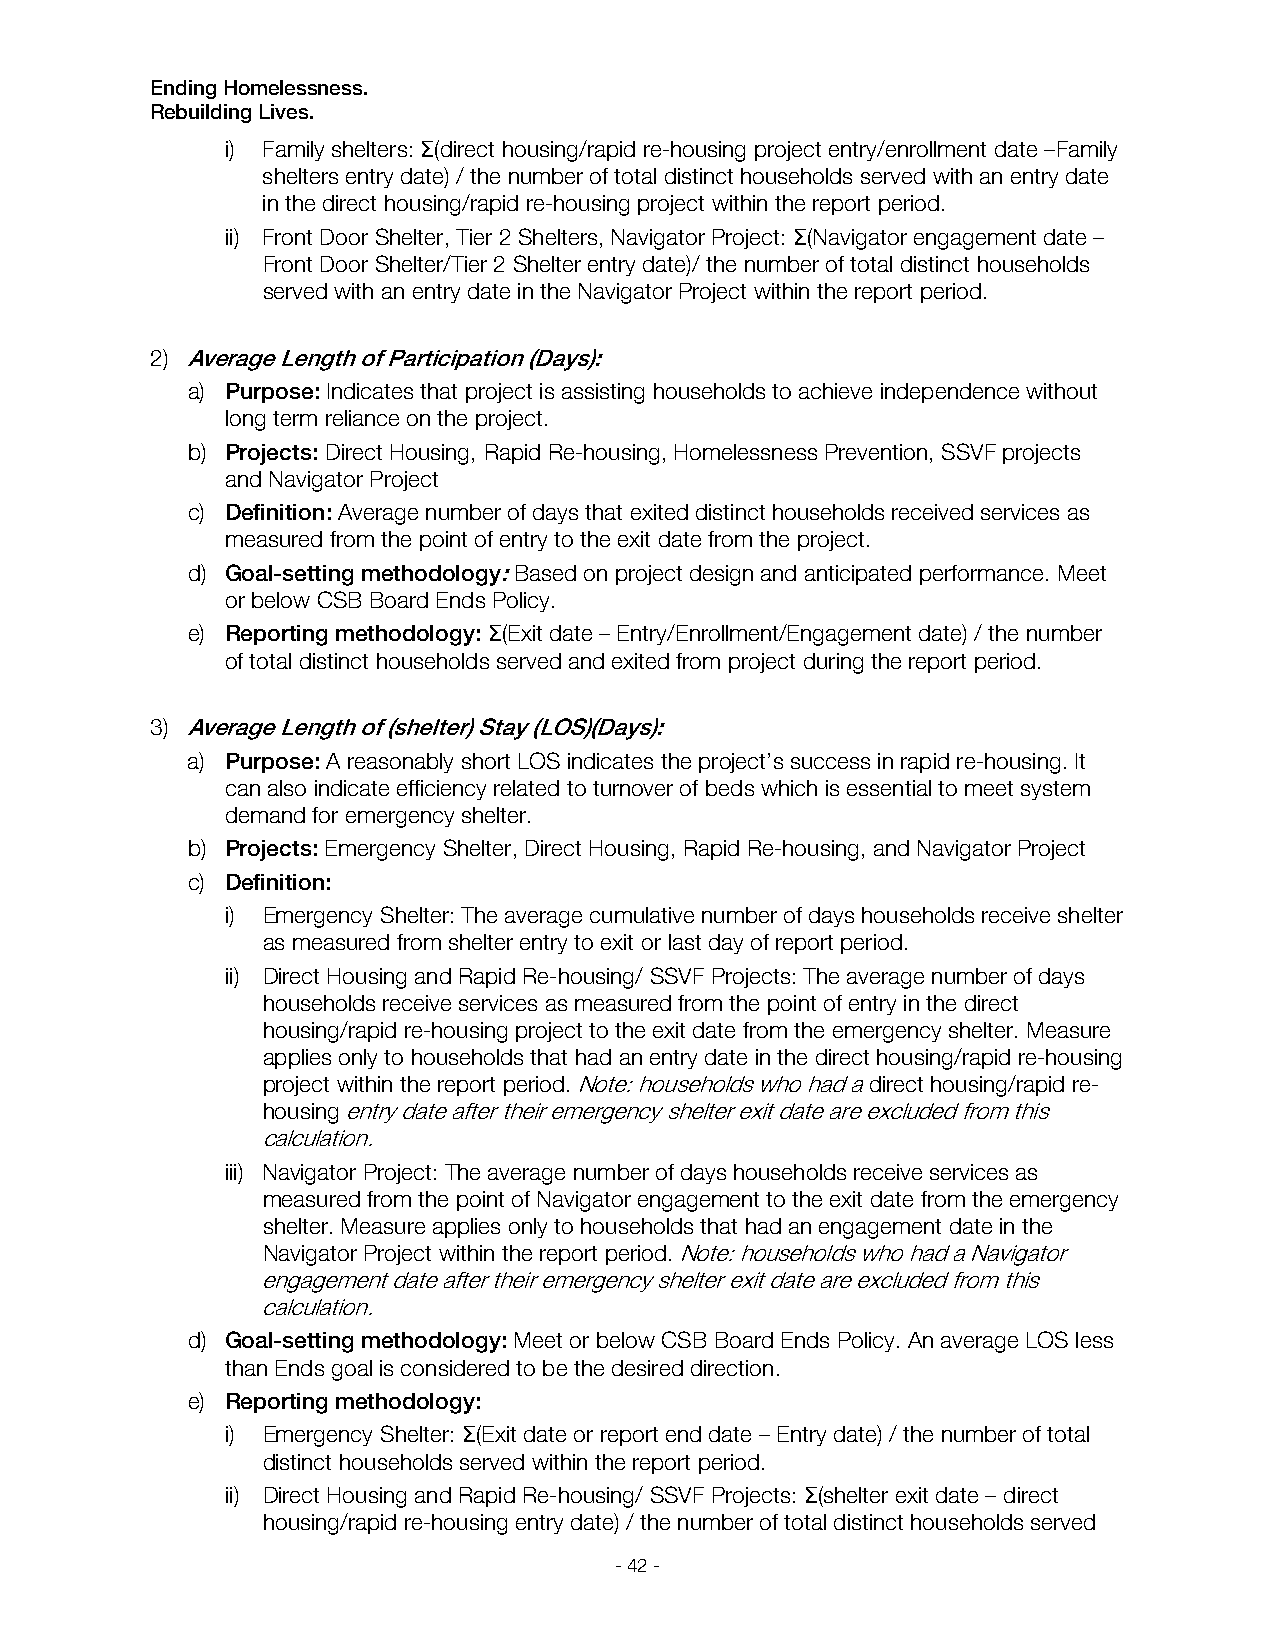
Ending Homelessness.
 Rebuilding Lives.
 i) Family shelters: Σ(direct housing/rapid re-housing project entry/enrollment date –Family
 shelters entry date) / the number of total distinct households served with an entry date
 in the direct housing/rapid re-housing project within the report period.
 ii) Front Door Shelter, Tier 2 Shelters, Navigator Project: Σ(Navigator engagement date –
 Front Door Shelter/Tier 2 Shelter entry date)/ the number of total distinct households
 served with an entry date in the Navigator Project within the report period.
 2) Average Length of Participation (Days):
 a) Purpose: Indicates that project is assisting households to achieve independence without
 long term reliance on the project.
 b) Projects: Direct Housing, Rapid Re-housing, Homelessness Prevention, SSVF projects
 and Navigator Project
 c) Definition: Average number of days that exited distinct households received services as
 measured from the point of entry to the exit date from the project.
 d) Goal-setting methodology: Based on project design and anticipated performance. Meet
 or below CSB Board Ends Policy.
 e) Reporting methodology: Σ(Exit date – Entry/Enrollment/Engagement date) / the number
 of total distinct households served and exited from project during the report period.
 3) Average Length of (shelter) Stay (LOS)(Days):
 a) Purpose: A reasonably short LOS indicates the project’s success in rapid re-housing. It
 can also indicate efficiency related to turnover of beds which is essential to meet system
 demand for emergency shelter.
 b) Projects: Emergency Shelter, Direct Housing, Rapid Re-housing, and Navigator Project
 c) Definition:
 i) Emergency Shelter: The average cumulative number of days households receive shelter
 as measured from shelter entry to exit or last day of report period.
 ii) Direct Housing and Rapid Re-housing/ SSVF Projects: The average number of days
 households receive services as measured from the point of entry in the direct
 housing/rapid re-housing project to the exit date from the emergency shelter. Measure
 applies only to households that had an entry date in the direct housing/rapid re-housing
 project within the report period. Note: households who had a direct housing/rapid re-
 housing entry date after their emergency shelter exit date are excluded from this
 calculation.
 iii) Navigator Project: The average number of days households receive services as
 measured from the point of Navigator engagement to the exit date from the emergency
 shelter. Measure applies only to households that had an engagement date in the
 Navigator Project within the report period. Note: households who had a Navigator
 engagement date after their emergency shelter exit date are excluded from this
 calculation.
 d) Goal-setting methodology: Meet or below CSB Board Ends Policy. An average LOS less
 than Ends goal is considered to be the desired direction.
 e) Reporting methodology:
 i) Emergency Shelter: Σ(Exit date or report end date – Entry date) / the number of total
 distinct households served within the report period.
 ii) Direct Housing and Rapid Re-housing/ SSVF Projects: Σ(shelter exit date – direct
 housing/rapid re-housing entry date) / the number of total distinct households served
 - 42 -